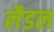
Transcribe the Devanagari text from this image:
लैडल